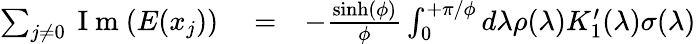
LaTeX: \begin{array}{rlr}{\sum_{j\neq 0}\mathrm{~I~m~}(E(x_{j}))}&{{}=}&{-\frac{\sinh(\phi)}{\phi}\int_{0}^{+\pi/\phi}d\lambda\rho(\lambda)K_{1}^{\prime}(\lambda)\sigma(\lambda)}\end{array}